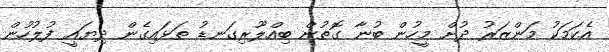
އެކަމަކު މަންޒަރު ދުށް މީހުން ބުނާ ގޮތުން ބިއްލޫރިގަނޑު ތަޅައިގެން ދިޔައީ ފުލުހުން